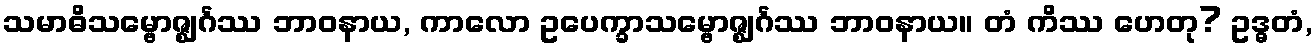
သမာဓိသမ္ဗောဇ္ဈင်္ဂဿ ဘာဝနာယ, ကာလော ဥပေက္ခာသမ္ဗောဇ္ဈင်္ဂဿ ဘာဝနာယ။ တံ ကိဿ ဟေတု? ဥဒ္ဓတံ,